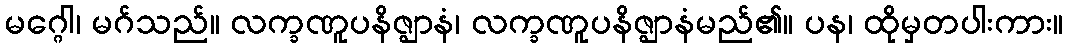
မဂ္ဂေါ၊ မဂ်သည်။ လက္ခဏူပနိဇ္ဈာနံ၊ လက္ခဏူပနိဇ္ဈာနံမည်၏။ ပန၊ ထိုမှတပါးကား။